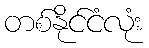
တစ်နိုင်ငံလုံး